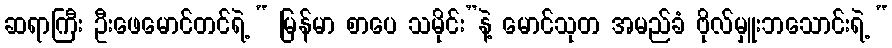
ဆရာကြီး ဦးဖေမောင်တင်ရဲ့ “ မြန်မာ စာပေ သမိုင်း”နဲ့ မောင်သုတ အမည်ခံ ဗိုလ်မှူးဘသောင်းရဲ့ “